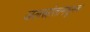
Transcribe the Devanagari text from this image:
जलस्रोतांमधूनच